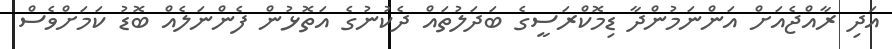
އަދި ރާއްޖެއަށް އަންނަމުންދާ ޑިމޮކްރަސީގެ ބަދަލުތައް ދެކުނުގެ އަތޮޅުން ފެންނަލެއް ބޮޑު ކަމަށްވެސް